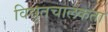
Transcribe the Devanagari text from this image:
विद्युतचालकता